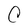
Character: C